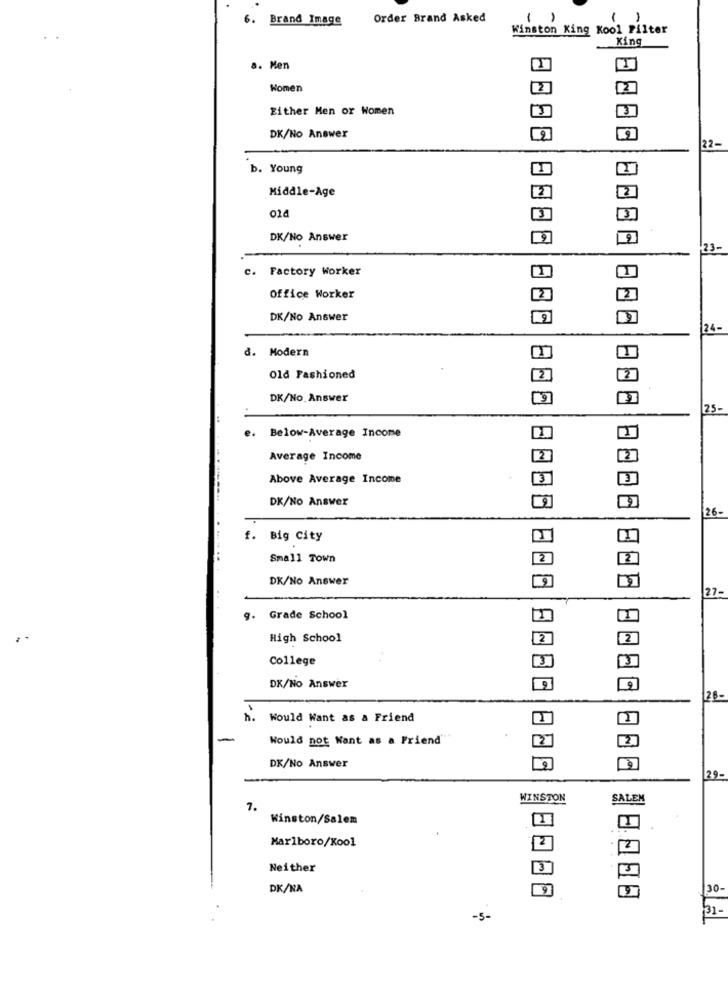
. Brand Image
Order Brand Asked
1
Winston King Kool Filter
King
a. Men
Women
Either Men or Women
DK/No Answer
22-
b. Young
Middle-Age
DK/No Answer
23-
c. Factory Worker
Office Worker
DK/No Answer
24-
d. Modern
Old Fashioned
2
DK/No Answer
25-
e. Below-Average Income
Average Income
Above Average Income
DK/No Answer
26.
f. Big City
Small Town
DK/No Answer
27-
. Grade School
..
High School
College
DX/No Answer
26-
n.
Would Want as a Friend
Would not Want as a Friend
DK/No Answer
29-
WINSTON
SALEM
7.
Winston/Salem
2
Marlboro/Kool
2
Neither
3
DK/NA
30.
-5-
31-